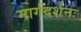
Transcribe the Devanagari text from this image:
मार्गदर्शनः